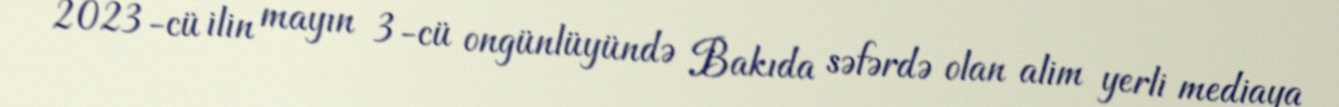
2023-cü ilin mayın 3-cü ongünlüyündə Bakıda səfərdə olan alim yerli mediaya